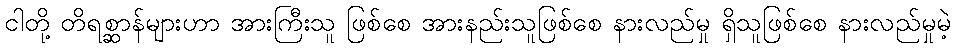
ငါတို့ တိရစ္ဆာန်များဟာ အားကြီးသူ ဖြစ်စေ အားနည်းသူဖြစ်စေ နားလည်မှု ရှိသူဖြစ်စေ နားလည်မှုမဲ့